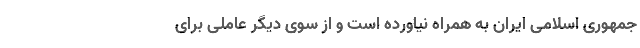
جمهوری اسلامی ایران به همراه نیاورده است و از سوی دیگر عاملی برای